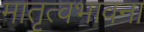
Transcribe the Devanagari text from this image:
मातृत्वभावना